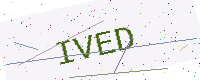
Text: IVED